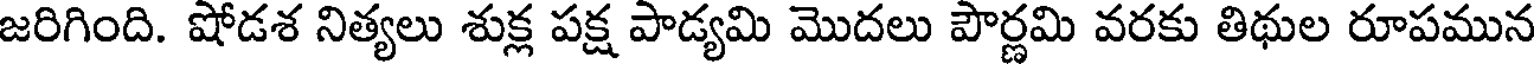
జరిగింది. షోడశ నిత్యలు శుక్ల పక్ష పాడ్యమి మొదలు పౌర్ణమి వరకు తిథుల రూపమున